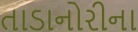
તાડાનોરીના